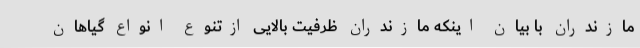
مازندران با بیان اینکه مازندران ظرفیت بالایی ازتنوع انواع گیاهان